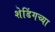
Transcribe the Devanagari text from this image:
शेडिंगच्या